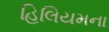
હિલિયમના